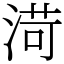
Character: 渮